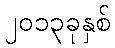
၂၀၁၃ခုနှစ်